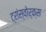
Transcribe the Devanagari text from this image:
ट्रांस्वोर्क्स